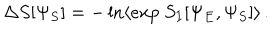
\Delta S [ \Psi _ { S } ] = - \ln \langle e x p ~ S _ { I } [ \Psi _ { E } , \Psi _ { S } ] \rangle \, .